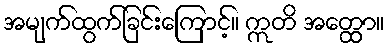
အမျက်ထွက်ခြင်းကြောင့်။ ဣတိ အတ္ထော။